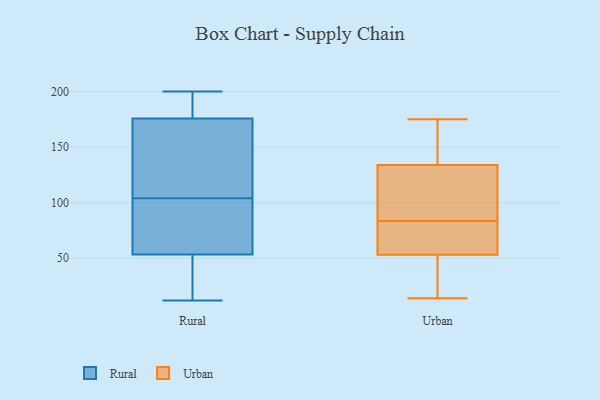
{"axis": {"x": "Satisfaction Score", "y": "Value"}, "legend": ["Rural", "Urban"], "data": [{"x": "", "y": 64, "type": "Rural"}, {"x": "", "y": 46, "type": "Rural"}, {"x": "", "y": 84, "type": "Rural"}, {"x": "", "y": 29, "type": "Rural"}, {"x": "", "y": 12, "type": "Rural"}, {"x": "", "y": 193, "type": "Rural"}, {"x": "", "y": 46, "type": "Rural"}, {"x": "", "y": 181, "type": "Rural"}, {"x": "", "y": 200, "type": "Rural"}, {"x": "", "y": 172, "type": "Rural"}, {"x": "", "y": 52, "type": "Rural"}, {"x": "", "y": 162, "type": "Rural"}, {"x": "", "y": 181, "type": "Rural"}, {"x": "", "y": 57, "type": "Rural"}, {"x": "", "y": 114, "type": "Rural"}, {"x": "", "y": 57, "type": "Rural"}, {"x": "", "y": 139, "type": "Rural"}, {"x": "", "y": 177, "type": "Rural"}, {"x": "", "y": 104, "type": "Rural"}, {"x": "", "y": 172, "type": "Urban"}, {"x": "", "y": 49, "type": "Urban"}, {"x": "", "y": 33, "type": "Urban"}, {"x": "", "y": 119, "type": "Urban"}, {"x": "", "y": 71, "type": "Urban"}, {"x": "", "y": 166, "type": "Urban"}, {"x": "", "y": 14, "type": "Urban"}, {"x": "", "y": 66, "type": "Urban"}, {"x": "", "y": 119, "type": "Urban"}, {"x": "", "y": 141, "type": "Urban"}, {"x": "", "y": 90, "type": "Urban"}, {"x": "", "y": 127, "type": "Urban"}, {"x": "", "y": 41, "type": "Urban"}, {"x": "", "y": 57, "type": "Urban"}, {"x": "", "y": 175, "type": "Urban"}, {"x": "", "y": 77, "type": "Urban"}]}